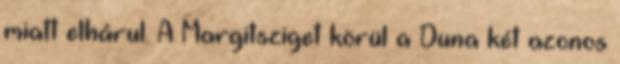
miatt elhárul. A Margitsziget körül a Duna két azonos